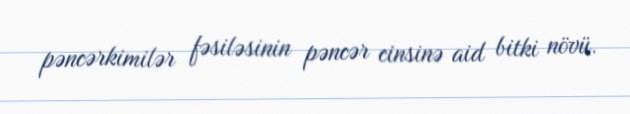
pəncərkimilər fəsiləsinin pəncər cinsinə aid bitki növü.